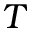
T